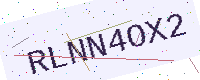
Text: RLNN4OX2